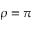
\rho = \pi